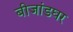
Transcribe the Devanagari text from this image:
बीजांडघर